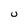
Character: U